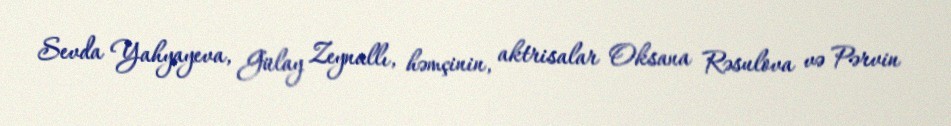
Sevda Yahyayeva, Gülay Zeynallı, həmçinin, aktrisalar Oksana Rəsulova və Pərvin